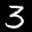
Label: 3